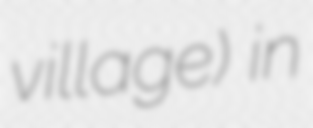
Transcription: village) in